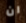
ان